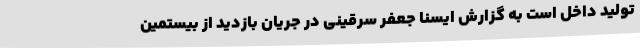
تولید داخل است به گزارش ایسنا جعفر سرقینی در جریان بازدید از بیستمین